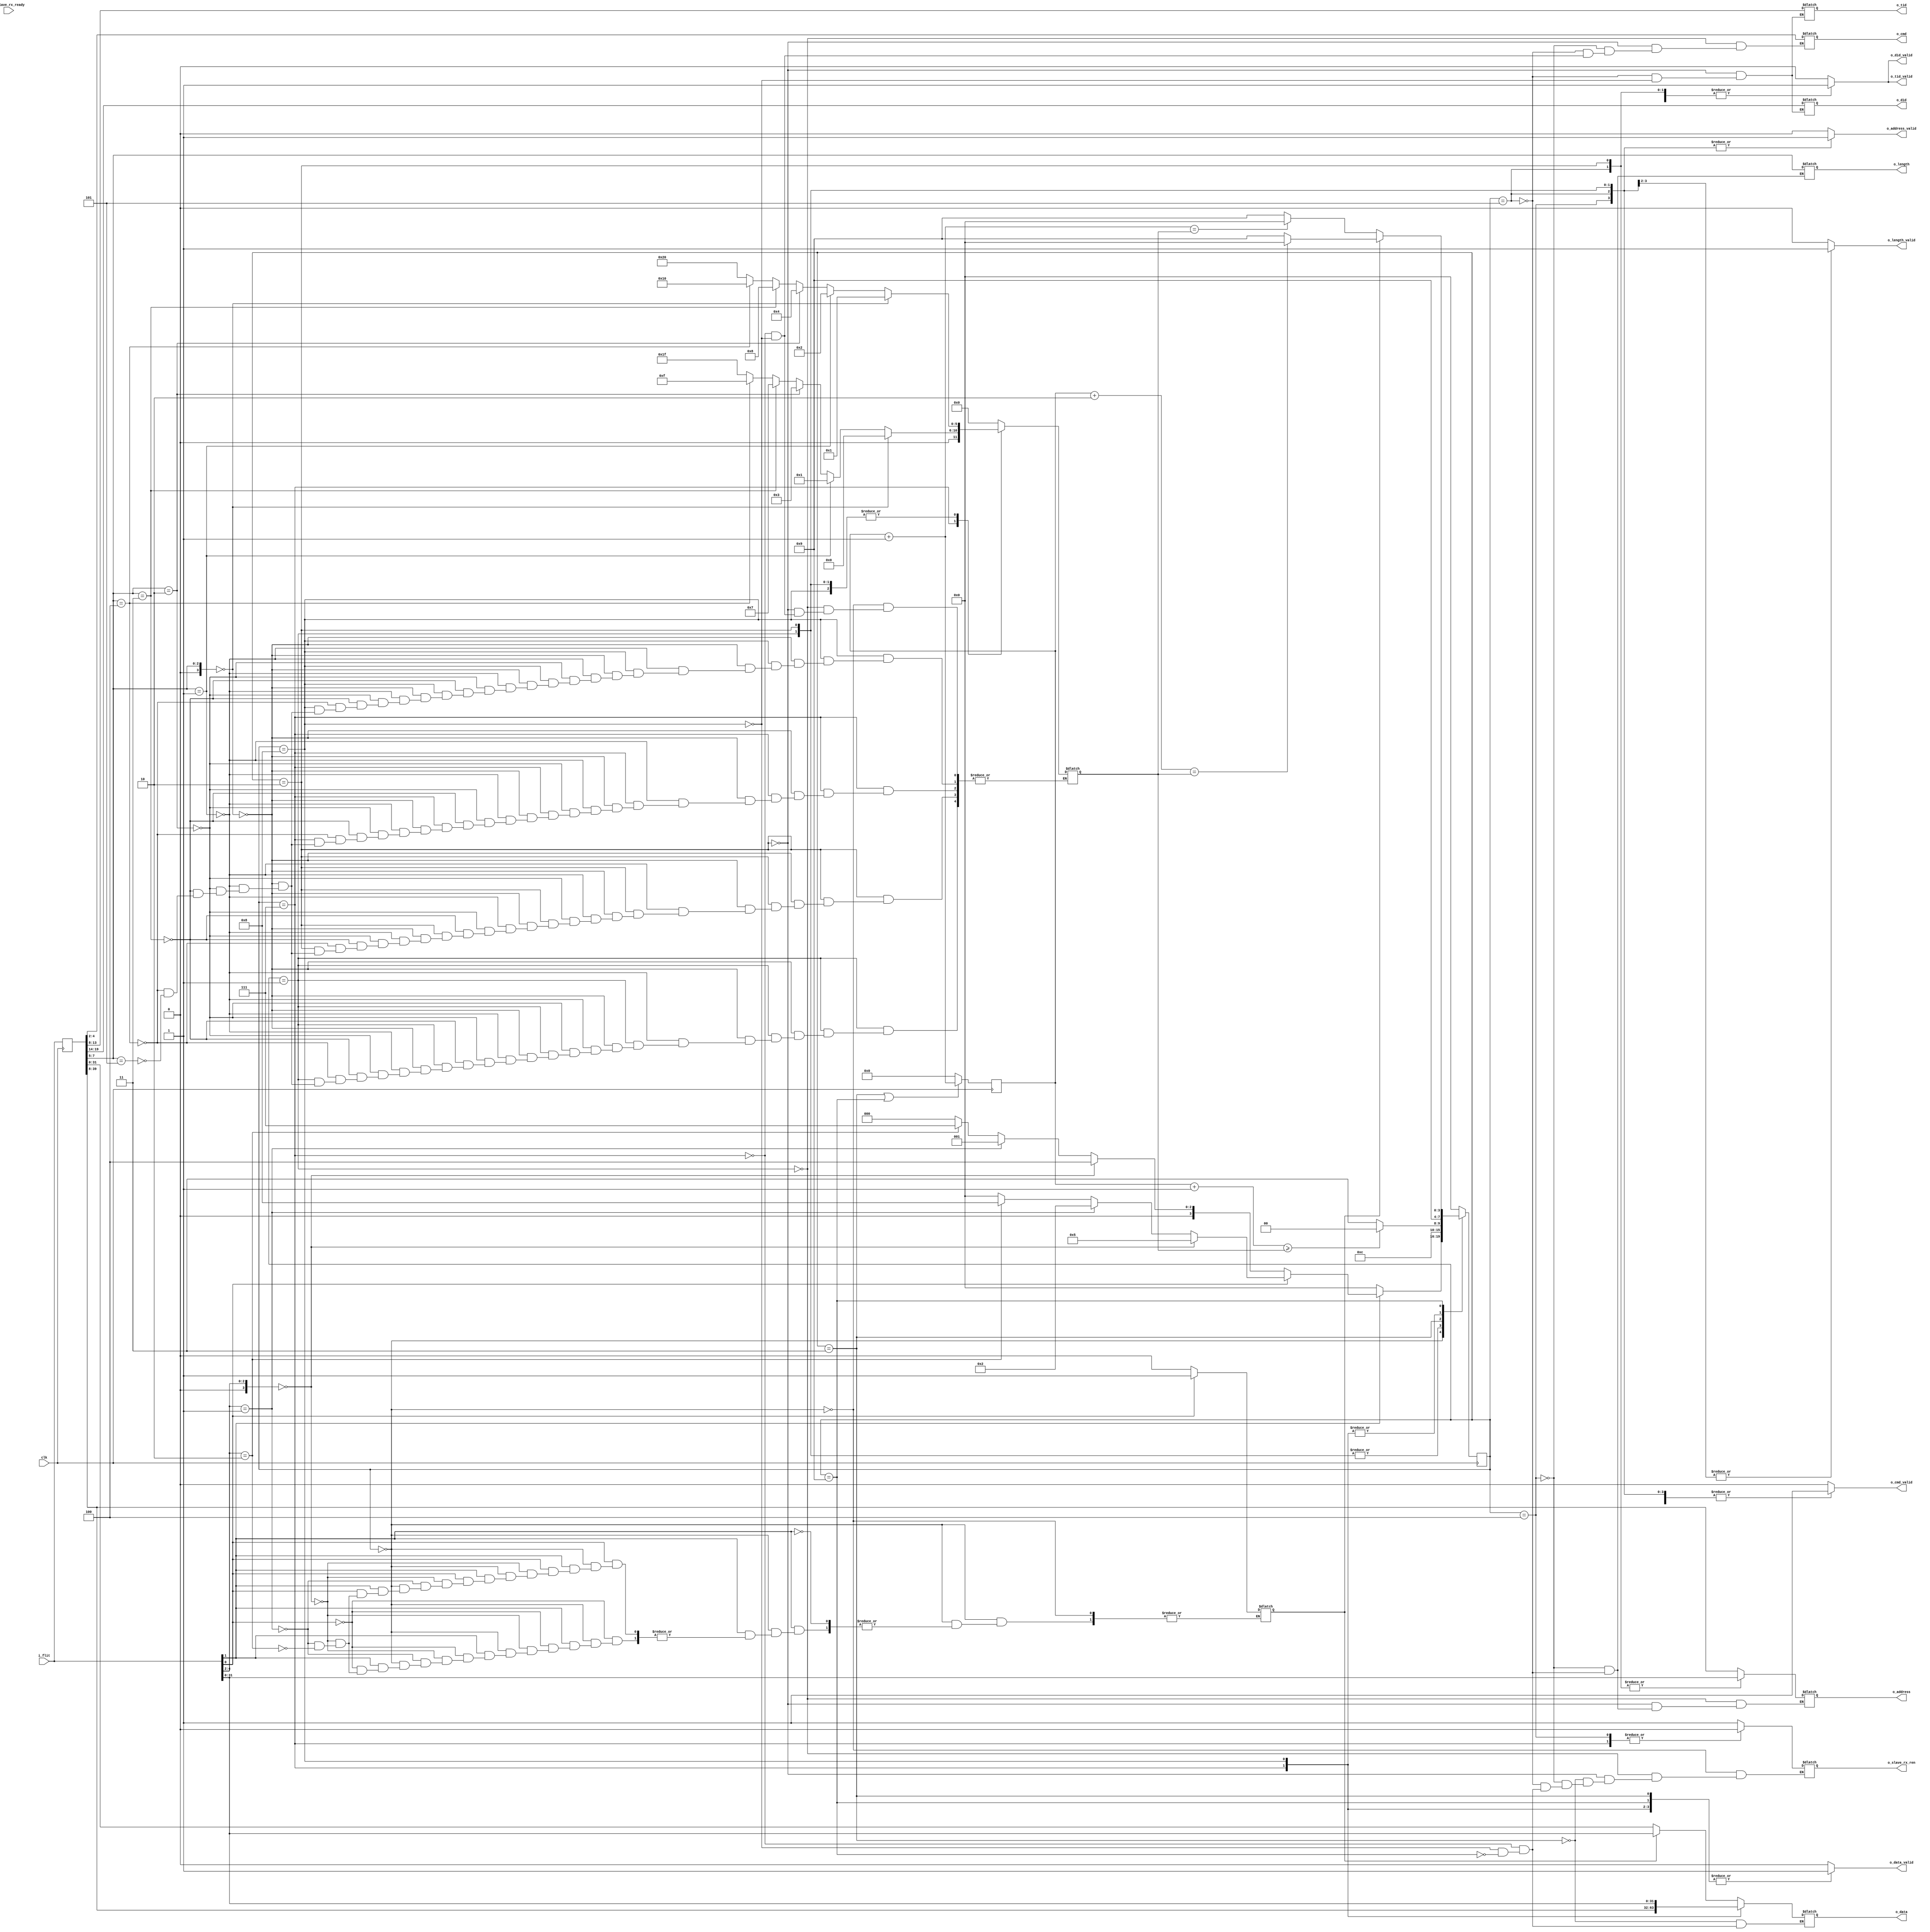
`timescale 1ns / 1ps
//////////////////////////////////////////////////////////////////////////////////
// Module Name:    strawman_s_rx_fsm

// Description:    State Machine of Strawman FSM
    

//////////////////////////////////////////////////////////////////////////////////
module strawman_rx_fsm (
  clk,
  i_flit,
  i_slave_rx_ready, // TODO to prevent false writing

  o_slave_rx_ren,

  o_address_valid,
  o_data_valid,
  o_data,
  o_address,

  o_cmd,
  o_cmd_valid,

  o_tid,
  o_tid_valid,

  o_did,
  o_did_valid,

  // for read requests
  o_length,
  o_length_valid

);

  parameter FIFO_DEPTH = 32;
  parameter LOG2_FIFO_DEPTH = 5;
  parameter DATA_LINE_WIDTH = 40;
  parameter CONTROL_LINE_WIDTH = 0;
  parameter WORD_SIZE = 32;

  parameter LOG2_NUM_STATES = 4;

  parameter [LOG2_NUM_STATES-1:0] 
	IDLE  = 4'b0000,
	WRITE_REQ_HEADER = 4'b0001,
	WRITE_REQ_EX_HEADER = 4'b0010,
	WRITE_REQ_BODY = 4'b0011,
	READ_REQ_HEADER = 4'b0100,
	READ_REQ_EX_HEADER = 4'b0101,
	READ_REQ_EX_BODY = 4'b0110,
	READ_RESP_HEADER = 4'b0111,
	READ_RESP_EX_HEADER = 4'b1000,
	READ_RESP_BODY = 4'b1001;

  input clk;
  input [DATA_LINE_WIDTH-1:0] i_flit;
  input i_slave_rx_ready;
  output reg o_address_valid;
  output reg o_data_valid;
  output reg o_slave_rx_ren;
  output reg [WORD_SIZE-1:0] o_data;
  output reg [WORD_SIZE-1:0] o_address;

  output reg [2:0] o_cmd;
  output reg o_cmd_valid;

  output reg [5:0] o_tid;
  output reg o_tid_valid;

  output reg [5:0] o_did;
  output reg o_did_valid;

  output reg [2:0] o_length;
  output reg o_length_valid;


  reg [LOG2_NUM_STATES-1:0] current_state = 'b0; // start at IDLE
  reg [LOG2_NUM_STATES-1:0] next_state = 'b0; // start at IDLE

  // TODO: Implement a counter system
  // counter variable
  reg [7:0] counter = 'b0;
  reg [5:0] cycles2hflit = 'b0;

  reg is_header_flit;

  reg protocol_select;
  wire valid_packet;
  wire [3:0] cmd_value;
  wire [3:0] length;

  reg [DATA_LINE_WIDTH-1:0] i_flit2, i_flit3;
  wire protocol_select2;
  wire valid_packet2;
  wire [3:0] cmd_value2;
  wire [3:0] length2;

  reg toggle_fsm = 1'b0;
  reg w_mode;

  assign valid_packet = i_flit[1];
  assign cmd_value = i_flit[4:2];
  assign length = i_flit[7:5];

  assign protocol_select2 = i_flit2[0];
  assign valid_packet2 = i_flit2[1];
  assign cmd_value2 = i_flit2[4:2];
  assign length2 = i_flit2[7:5];


  always @ (cycles2hflit) begin
    if (cycles2hflit == 'b0) begin
      is_header_flit = 1'b1;
    end else begin
      is_header_flit = 1'b0;
    end
  end

  always @(posedge clk) begin
    current_state <= next_state;
  end

  // reg for 1 cycle delay of in_flit
  always @ (posedge clk) begin
    i_flit2 <= i_flit;
    i_flit3 <= i_flit2;
  end

  // move state machine
  always @ (posedge clk) begin
    if ((current_state ==  WRITE_REQ_BODY) || (current_state ==  READ_RESP_BODY)) begin
      counter <= counter + 1'b1;
      toggle_fsm <= ~toggle_fsm;
    end else begin
      counter <= 'b0;
    end
  end

//---------------------------------------------------------------------
  always @(current_state, i_flit, counter, i_flit2) begin // this causes a time count of x2
    o_address_valid = 1'b0;
    o_data_valid = 1'b0;
    o_cmd_valid = 1'b0;
    o_tid_valid = 1'b0;
    o_did_valid = 1'b0;
    o_length_valid = 1'b0;
    
    case (current_state)
//---------------------------------------------------------------------
      IDLE : begin

        o_slave_rx_ren = 1'b1;
        o_address_valid = 1'b0;
        o_data_valid = 1'b0;
        o_cmd_valid = 1'b0;
        o_tid_valid = 1'b0;
        o_did_valid = 1'b0;
        cycles2hflit = 'b0;

        protocol_select = i_flit[0];


        // Lightweight mode
        if (valid_packet == 1'b1) begin

	  if (protocol_select == 1'b0) begin
            if (cmd_value == 3'b000) begin // Read Req
              w_mode = 1'b0;
              next_state = READ_REQ_HEADER;
            end else if (cmd_value == 3'b001) begin // Write Req
              w_mode = 1'b0;
              next_state = WRITE_REQ_HEADER;
            end else if (cmd_value == 3'b010) begin // Read Resp
              w_mode = 1'b0;
              next_state = READ_RESP_HEADER;
            end else begin
              next_state = IDLE;
            end
          // Extended mode
          end else begin
            if (cmd_value == 3'b000) begin // Read Req TODO
              w_mode = 1'b1;
              next_state = READ_REQ_EX_HEADER;
            end else if (cmd_value == 3'b001) begin // Write Req
              w_mode = 1'b1;
              next_state = WRITE_REQ_EX_HEADER;
            end else if (cmd_value == 3'b010) begin // Read Resp
              w_mode = 1'b1;
              next_state = READ_RESP_EX_HEADER;
            end else begin
              next_state = IDLE;
            end
          end

        end else begin
          next_state = IDLE;
        end

      end
//---------------------------------------------------------------------
      WRITE_REQ_HEADER : begin
        o_slave_rx_ren = 1'b1;

        o_data_valid = 1'b0;
        o_address_valid = 1'b1;
        o_address = i_flit2[39:8];
        o_cmd_valid = 1'b1;
        o_cmd = i_flit2[4:2];


        if (length2 == 3'b000) begin // 4B
          cycles2hflit = 6'b1; 
        end else if (length2 == 3'b001) begin // 8B
          cycles2hflit = 6'b10;
        end else if (length2 == 3'b010) begin // 16B
          cycles2hflit = 6'b100;
        end else if (length2 == 3'b011) begin // 32B
          cycles2hflit = 6'b1000;
        end else if (length2 == 3'b100) begin // 64B
          cycles2hflit = 6'b10000;
        end else if (length2 == 3'b101) begin // 128B
          cycles2hflit = 6'b100000;
        end

        next_state = WRITE_REQ_BODY;

      end
//---------------------------------------------------------------------
      WRITE_REQ_EX_HEADER : begin
        o_slave_rx_ren = 1'b1;

        o_data_valid = 1'b0;
        o_address_valid = 1'b1;
        o_address = i_flit[31:0];
        o_cmd_valid = 1'b1;
        o_cmd = i_flit2[4:2];
        o_tid_valid = 1'b1;
        o_tid = i_flit2[13:8];
        o_did_valid = 1'b1;
        o_did = i_flit2[19:14];

        if (length2 == 3'b000) begin // 4B
          cycles2hflit = 6'b1; 
        end else if (length2 == 3'b001) begin // 8B
          cycles2hflit = 6'b10;
        end else if (length2 == 3'b010) begin // 16B
          cycles2hflit = 6'b100;
        end else if (length2 == 3'b011) begin // 32B
          cycles2hflit = 6'b1000;
        end else if (length2 == 3'b100) begin // 64B
          cycles2hflit = 6'b10000;
        end else if (length2 == 3'b101) begin // 128B
          cycles2hflit = 6'b100000;
        end

        next_state = WRITE_REQ_BODY;
      end

//---------------------------------------------------------------------
      WRITE_REQ_BODY : begin
        o_slave_rx_ren = 1'b1;
        o_address_valid = 1'b0;
        o_cmd_valid = 1'b0;
        o_data_valid = 1'b1;

        if (w_mode == 1'b1) begin
          o_data = i_flit[31:0];
        end else begin
          o_data = i_flit2[31:0];
        end

        if ((counter+1) >= cycles2hflit) begin
          next_state = IDLE;
        end else begin
          next_state = WRITE_REQ_BODY;
        end
      end

//---------------------------------------------------------------------
      READ_REQ_HEADER : begin
        o_slave_rx_ren = 1'b0;

        o_data_valid = 1'b0;
        o_address_valid = 1'b1;
        o_address = i_flit2[39:8];

        o_length = i_flit2[7:5];
        o_length_valid = 1'b1;

        o_cmd_valid = 1'b1;
        o_cmd = i_flit2[4:2];


        next_state = IDLE;
      end

//---------------------------------------------------------------------
      READ_REQ_EX_HEADER : begin
        o_slave_rx_ren = 1'b1;

        o_data_valid = 1'b0;
        //o_address_valid = 1'b0;

        o_length = i_flit2[7:5];
        o_length_valid = 1'b1;

        o_tid_valid = 1'b1;
        o_tid = i_flit2[13:8];

        o_did_valid = 1'b1;
        o_did = i_flit2[19:14];

        o_cmd_valid = 1'b1;
        o_cmd = i_flit2[4:2];

        o_address_valid = 1'b1;
        o_address = i_flit[31:0];

        next_state = IDLE;
      end

//---------------------------------------------------------------------
/* 
// Not needed....
      READ_REQ_EX_BODY : begin
        o_slave_rx_ren = 1'b1;

        o_data_valid = 1'b0;
        o_address_valid = 1'b1;
        o_address = i_flit2[31:0];

        next_state = IDLE;
      end
*/
//---------------------------------------------------------------------
      READ_RESP_HEADER : begin
        o_slave_rx_ren = 1'b0;

        o_data_valid = 1'b1;
        o_address_valid = 1'b0;
        o_data = i_flit2[39:8];

        o_cmd_valid = 1'b1;
        o_cmd = i_flit2[4:2];


        if (length2 == 3'b000) begin // 4B
          cycles2hflit = 6'b0; 
        end else if (length2 == 3'b001) begin // 8B
          cycles2hflit = 6'b01;
        end else if (length2 == 3'b010) begin // 16B
          cycles2hflit = 6'b011;
        end else if (length2 == 3'b011) begin // 32B
          cycles2hflit = 6'b0111;
        end else if (length2 == 3'b100) begin // 64B
          cycles2hflit = 6'b01111;
        end else if (length2 == 3'b101) begin // 128B
          cycles2hflit = 6'b011111;
        end

        next_state = READ_RESP_BODY;

      end

//---------------------------------------------------------------------
      READ_RESP_EX_HEADER : begin
        o_slave_rx_ren = 1'b1;

        o_address_valid = 1'b0;

        o_data_valid = 1'b1;
        o_data = i_flit[31:0];

        o_cmd_valid = 1'b1;
        o_cmd = i_flit2[4:2];

        o_tid_valid = 1'b1;
        o_tid = i_flit2[13:8];

        o_did_valid = 1'b1;
        o_did = i_flit2[19:14];

        if (length2 == 3'b000) begin // 4B
          cycles2hflit = 6'b1; 
        end else if (length2 == 3'b001) begin // 8B
          cycles2hflit = 6'b10;
        end else if (length2 == 3'b010) begin // 16B
          cycles2hflit = 6'b100;
        end else if (length2 == 3'b011) begin // 32B
          cycles2hflit = 6'b1000;
        end else if (length2 == 3'b100) begin // 64B
          cycles2hflit = 6'b10000;
        end else if (length2 == 3'b101) begin // 128B
          cycles2hflit = 6'b100000;
        end

        next_state = READ_RESP_BODY;
      end

//---------------------------------------------------------------------
      READ_RESP_BODY : begin
        o_slave_rx_ren = 1'b1;
        o_address_valid = 1'b0;
        o_cmd_valid = 1'b0;
    
        o_data_valid = 1'b1;

        if (w_mode == 1'b0) begin
          if ((counter + 1'b1) == cycles2hflit) begin
            next_state = IDLE;
          end else begin
            next_state = READ_RESP_BODY;
          end
        end else begin
          if ((counter + 2'b10) == cycles2hflit) begin
            next_state = IDLE;
          end else begin
            next_state = READ_RESP_BODY;
          end
        end

        if (w_mode == 1'b1) begin
          o_data = i_flit[31:0];
        end else begin
          o_data = i_flit2[31:0];
        end

      end

//---------------------------------------------------------------------
      default: begin
        next_state = IDLE;
      end
//---------------------------------------------------------------------
    endcase
  end


  
endmodule